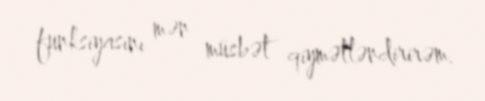
funksiyasını mən müsbət qiymətləndirirəm.